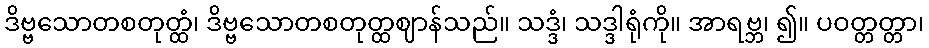
ဒိဗ္ဗသောတစတုတ္ထံ၊ ဒိဗ္ဗသောတစတုတ္ထဈာန်သည်။ သဒ္ဒံ၊ သဒ္ဒါရုံကို။ အာရဗ္ဘ၊ ၍။ ပဝတ္တတ္တာ၊